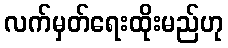
လက်မှတ်ရေးထိုးမည်ဟု